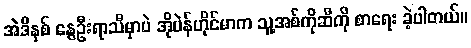
အဲဒီနှစ် နွေဦးရာသီမှာပဲ အိုပဲန်ဟိုင်မာက သူ့အစ်ကိုဆီကို စာရေး ခဲ့ပါတယ်။